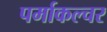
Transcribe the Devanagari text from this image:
पर्माकल्चर